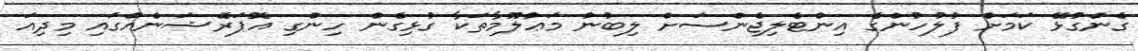
ގެންގުޅޭ ކަމަށް ފުލުހުންގެ އިންޓެލިޖެންސަށް ލިބުނު މަޢުލޫމާތަކާ ގުޅިގެން ހިންގި އޮޕަރޭޝަނެއްގައި މިދިއަ